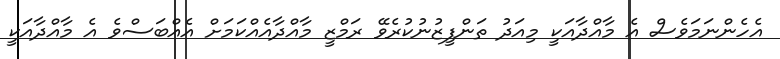
އެހެންނަމަވެސް އެ މާއްދާއަކީ މިއަދު ތަންފީޒުނުކުރެވޭ ރަމްޒީ މާއްދާއެއްކަމަށް އެއްބަސްވެ އެ މާއްދާއަކީ